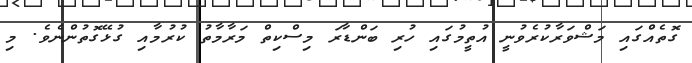
ގޮތެއްގައި މަޝްވަރާކުރެވުނީ އުތީމުގައި ހުރި ބަންޑާރަ މިސްކިތް މަރާމާތު ކުރުމާއި ގުޅޭގޮތުންނެވެ. މި